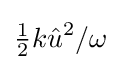
{\tfrac {1}{2}}k{\hat {u}}^{2}/\omega